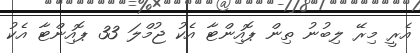
އެރީ މިރޭ ލިބުނު ތިން ޕޮއިންޓާ އެކު ޖުމްލަ 33 ޕޮއިންޓާ އެކު